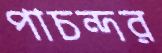
পাচন্দর